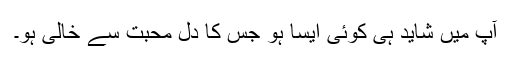
آپ میں شاید ہی کوئی ایسا ہو جس کا دل محبت سے خالی ہو۔